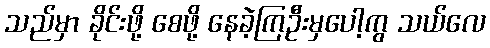
သည်မှာ ခိုင်းဖို့ စေဖို့ နေခဲ့ကြဦးမှပေါ့ကွ သယ်လေ